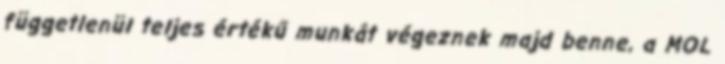
függetlenül teljes értékű munkát végeznek majd benne, a MOL